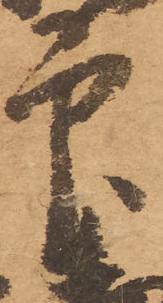
印